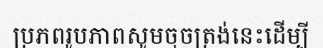
ប្រភពរូបភាពសូមចុចត្រង់នេះដើម្បី